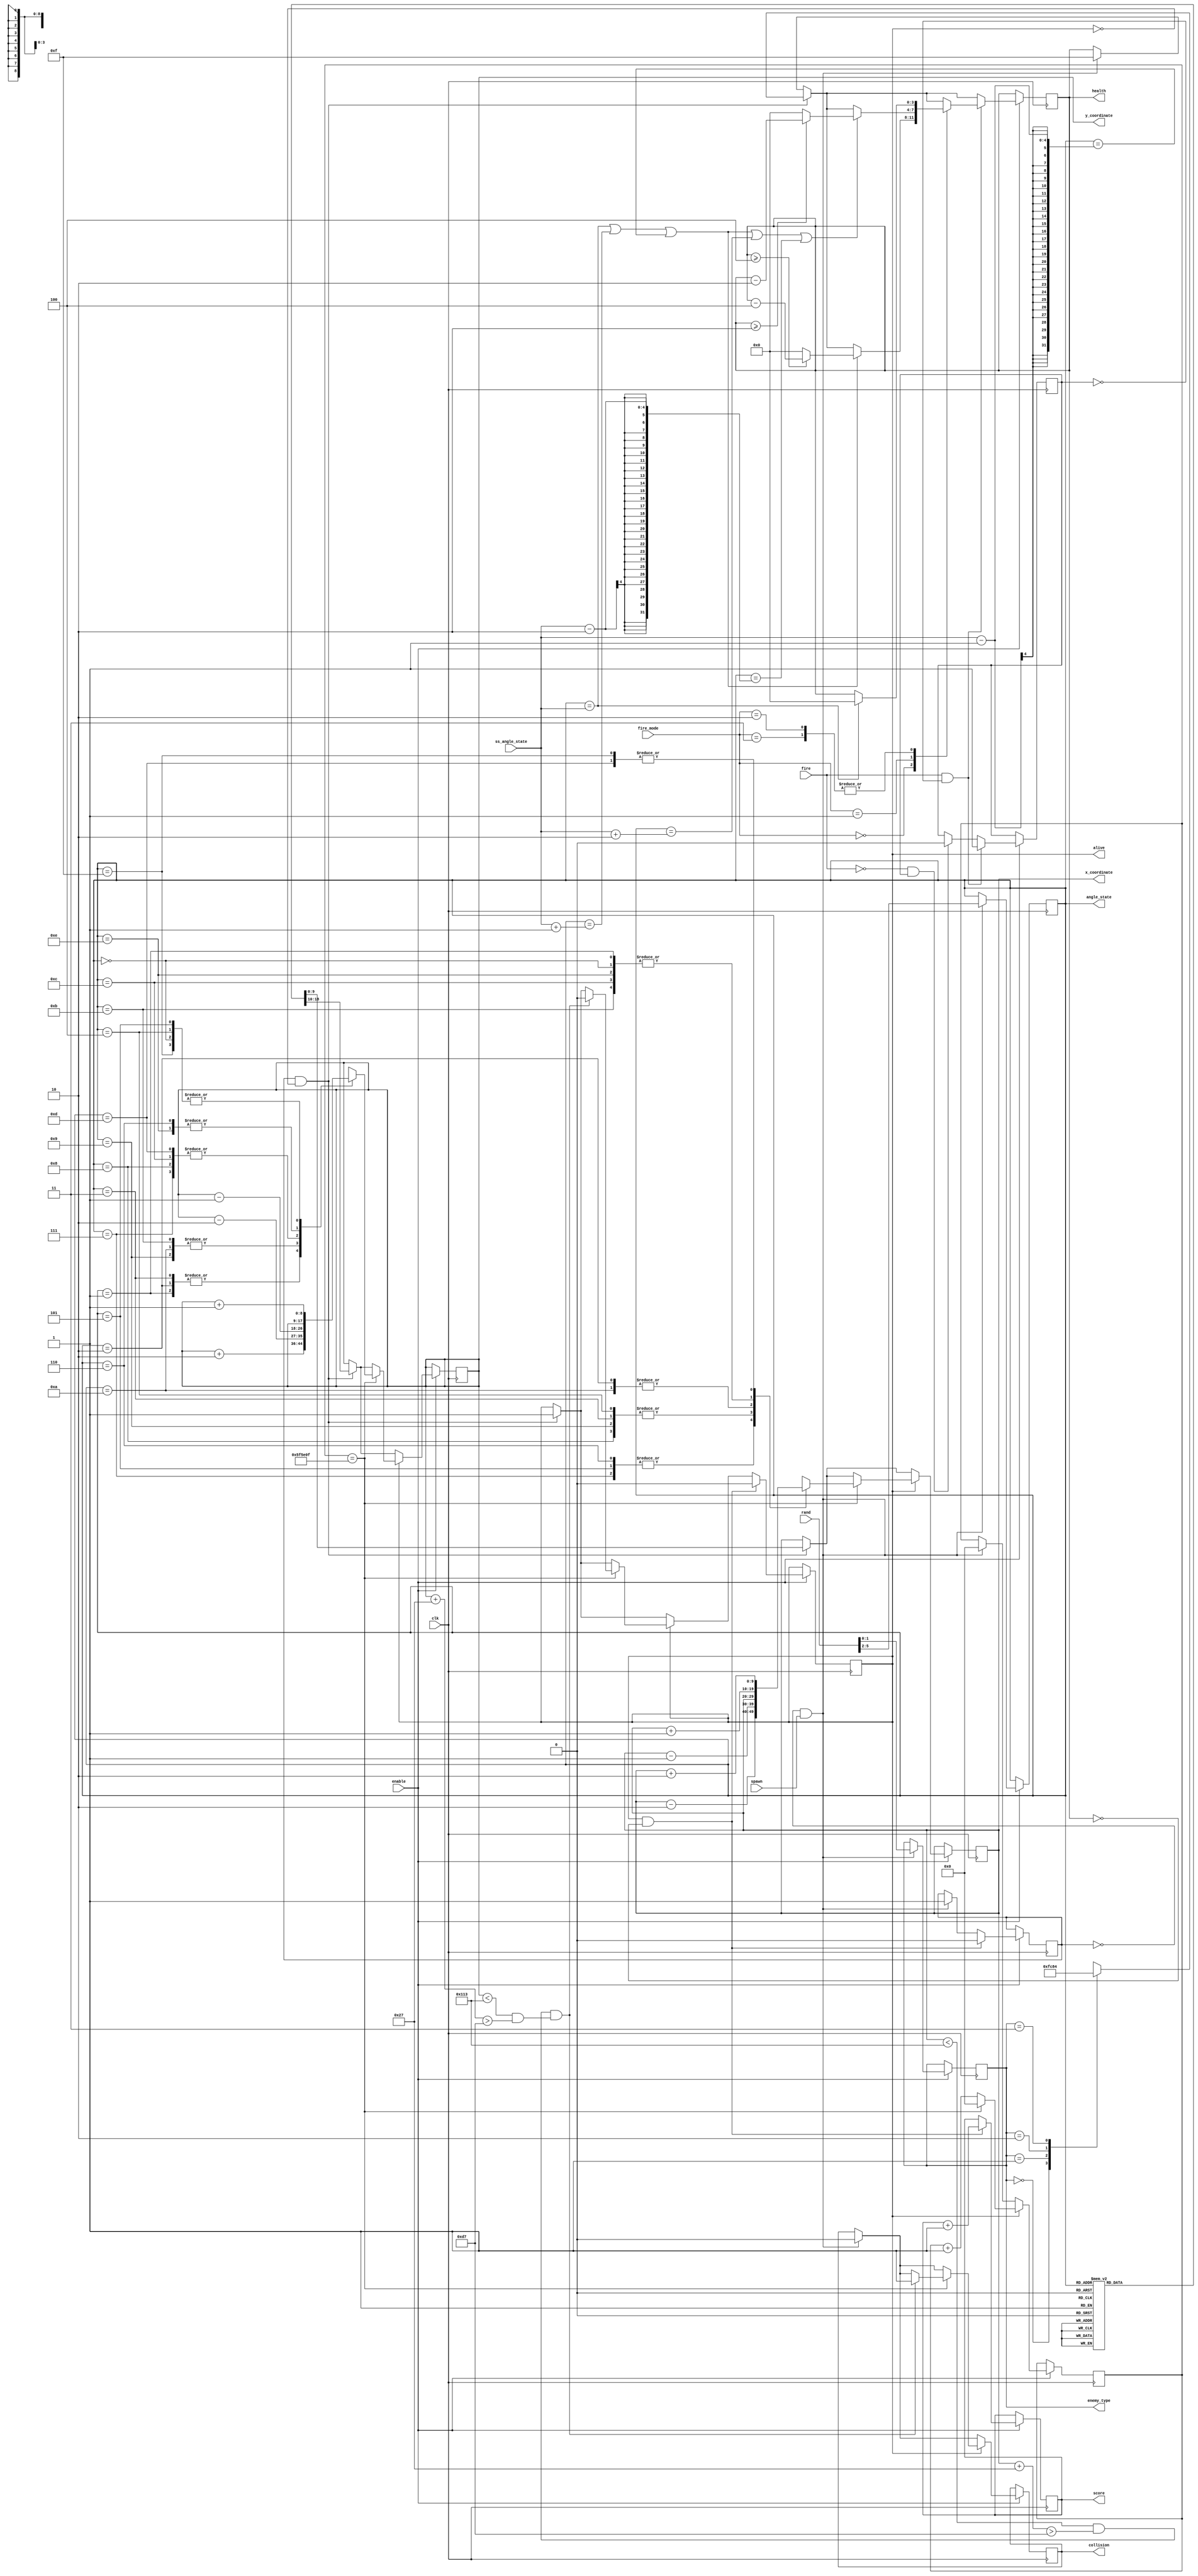
module enemy(
    input clk,            
    input spawn,
    input [1:0] fire_mode,
    input fire,
    input [3:0] ss_angle_state,
    input [5:0] rand,
	 input enable,

	 output reg [3:0] health,
    output reg [3:0] angle_state,
    output reg [1:0] enemy_type,
    output reg alive,
    output reg [9:0] x_coordinate, 
    output reg [8:0] y_coordinate,
    output reg collision,
    output reg [9:0] score
);

parameter alien_size = 39;
parameter ss_left_top_x = 215;
parameter ss_left_top_y = 215;
parameter ss_right_bottom_x = 235 + 40;
parameter ss_right_bottom_y = 235 + 40;

reg [3:0] damage;

always @(*) begin
	case (fire_mode) 
		0: damage = 4;
		1: damage = 2;
		2: damage = 16;
		3: damage = 16;
	endcase
end

initial begin
    alive <= 0;
    score <= 0;
    collision <= 0;
end

reg [24:0] count = 0;
reg fire_cool_down = 0; 
reg flag = 0;

always @(posedge clk) begin
	if (enable) begin
			 if (~flag && spawn) begin
				  count <= 0;
				  collision <= 0;
				  angle_state <= rand[5:2];
				  enemy_type <= rand[1:0];
				  health <= 4'hF;
				  flag <= 1;
			 end
			  
			 if (flag && ~alive) begin
				  alive <= 1;
				  
				  case (enemy_type) 
						0: health <= 4'hF;
						1: health <= 4'hC;
						2: health <= 4'h8;
						3: health <= 4'h4;
				  
				  
				  endcase
				  
				  
				  case (angle_state)
						0:  begin  x_coordinate <= 0;    y_coordinate <= 0;   end
						1:  begin  x_coordinate <= 122;  y_coordinate <= 0;   end
						2:  begin  x_coordinate <= 221;  y_coordinate <= 0;   end
						3:  begin  x_coordinate <= 320;  y_coordinate <= 0;   end
						4:  begin  x_coordinate <= 441;  y_coordinate <= 0;   end
						5:  begin  x_coordinate <= 441;  y_coordinate <= 125; end
						6:  begin  x_coordinate <= 441;  y_coordinate <= 221; end
						7:  begin  x_coordinate <= 441;  y_coordinate <= 313; end
						8:  begin  x_coordinate <= 441;  y_coordinate <= 441; end
						9:  begin  x_coordinate <= 320;  y_coordinate <= 441; end
						10: begin  x_coordinate <= 221;  y_coordinate <= 441; end
						11: begin  x_coordinate <= 122;  y_coordinate <= 441; end
						12: begin  x_coordinate <= 0;    y_coordinate <= 441; end
						13: begin  x_coordinate <= 0;    y_coordinate <= 313; end
						14: begin  x_coordinate <= 0;    y_coordinate <= 221; end
						15: begin  x_coordinate <= 0;    y_coordinate <= 125; end
				  endcase
			 end

			 if (alive) begin
				  if (count == 6249999) begin
						count <= 0;
						case (angle_state)
							 0:  begin x_coordinate <= x_coordinate + 1; y_coordinate <= y_coordinate + 1; end
							 1:  begin x_coordinate <= x_coordinate + 1; y_coordinate <= y_coordinate + 2; end
							 2:  begin x_coordinate <= x_coordinate;     y_coordinate <= y_coordinate + 2; end
							 3:  begin x_coordinate <= x_coordinate - 1; y_coordinate <= y_coordinate + 2; end
							 4:  begin x_coordinate <= x_coordinate - 1; y_coordinate <= y_coordinate + 1; end
							 5:  begin x_coordinate <= x_coordinate - 2; y_coordinate <= y_coordinate + 1; end
							 6:  begin x_coordinate <= x_coordinate - 2; y_coordinate <= y_coordinate;     end
							 7:  begin x_coordinate <= x_coordinate - 2; y_coordinate <= y_coordinate - 1; end
							 8:  begin x_coordinate <= x_coordinate - 1; y_coordinate <= y_coordinate - 1; end
							 9:  begin x_coordinate <= x_coordinate - 1; y_coordinate <= y_coordinate - 2; end
							 10: begin x_coordinate <= x_coordinate;     y_coordinate <= y_coordinate - 2; end
							 11: begin x_coordinate <= x_coordinate + 1; y_coordinate <= y_coordinate - 2; end
							 12: begin x_coordinate <= x_coordinate + 1; y_coordinate <= y_coordinate - 1; end
							 13: begin x_coordinate <= x_coordinate + 2; y_coordinate <= y_coordinate - 1; end
							 14: begin x_coordinate <= x_coordinate + 1; y_coordinate <= y_coordinate;     end
							 15: begin x_coordinate <= x_coordinate + 2; y_coordinate <= y_coordinate + 1; end
						endcase

						if ((x_coordinate < ss_right_bottom_x && (x_coordinate + alien_size) > ss_left_top_x) &&
							 (y_coordinate < ss_right_bottom_y && (y_coordinate + alien_size) > ss_left_top_y)) begin
								  alive <= 0;
								  collision <= 1;
						end
				  end
				  else begin
						count <= count + 1;
				  end
			 end

			 if (alive && health == 0) begin
				  alive <= 0;
				  score <= score + 1;
				  flag <= 0;
			 end

			 if (fire && ~fire_cool_down) begin
					case (fire_mode)
					
						0: begin
							if (angle_state == ss_angle_state || angle_state == ss_angle_state + 1 || angle_state == ss_angle_state - 1) begin
								if (health >= 4) 
									health <= health - 4;
							
								else begin
									health <= 0;
								end
							end
						end
						
						1: begin
							if (angle_state == ss_angle_state || angle_state == ss_angle_state + 1 || angle_state == ss_angle_state - 1 || angle_state == ss_angle_state + 2 || angle_state == ss_angle_state - 2) begin
								if (health >= 2) 
									health <= health - 2;
							
								else begin
									health <= 0;
								end
							end
						end
					
						
						2, 3: begin
							if (angle_state == ss_angle_state) begin
									health <= 0;
							end
							else 
								health <= health;
						end
					
					
					endcase
					
					
				
				  fire_cool_down <= 1;
			 end
			  
			 else if (~fire && fire_cool_down) begin
				  fire_cool_down <= 0;    
			 end
	end
end

endmodule